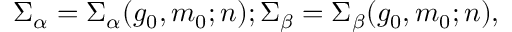
\mit \Sigma _ { \alpha } = \mit \Sigma _ { \alpha } ( g _ { 0 } , m _ { 0 } ; n ) ; \mit \Sigma _ { \beta } = \mit \Sigma _ { \beta } ( g _ { 0 } , m _ { 0 } ; n ) ,